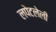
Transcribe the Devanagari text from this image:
लपेटलेली